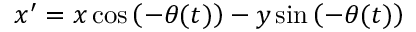
x ^ { \prime } = x \cos \left( - \theta ( t ) \right) - y \sin \left( - \theta ( t ) \right)